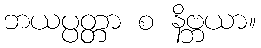
ဘယပ္ပတ္တာ စ နိဗ္ဘယာ။